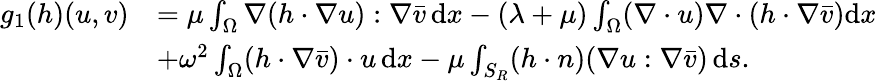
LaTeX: \begin{array}{rl}{g_{1}(h)(u,v)}&{=\mu\int_{\Omega}\nabla(h\cdot\nabla u):\nabla\bar{v}\, \mathrm{d}x-(\lambda+\mu)\int_{\Omega}(\nabla\cdot u)\nabla\cdot(h\cdot\nabla\bar{v})\mathrm{d}x}\\ &{+\omega^{2}\int_{\Omega}(h\cdot\nabla\bar{v})\cdot u\, \mathrm{d}x-\mu\int_{S_{R}}(h\cdot n)(\nabla u:\nabla\bar{v})\, \mathrm{d}s.}\end{array}